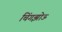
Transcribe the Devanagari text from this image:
चिंगझोऊ